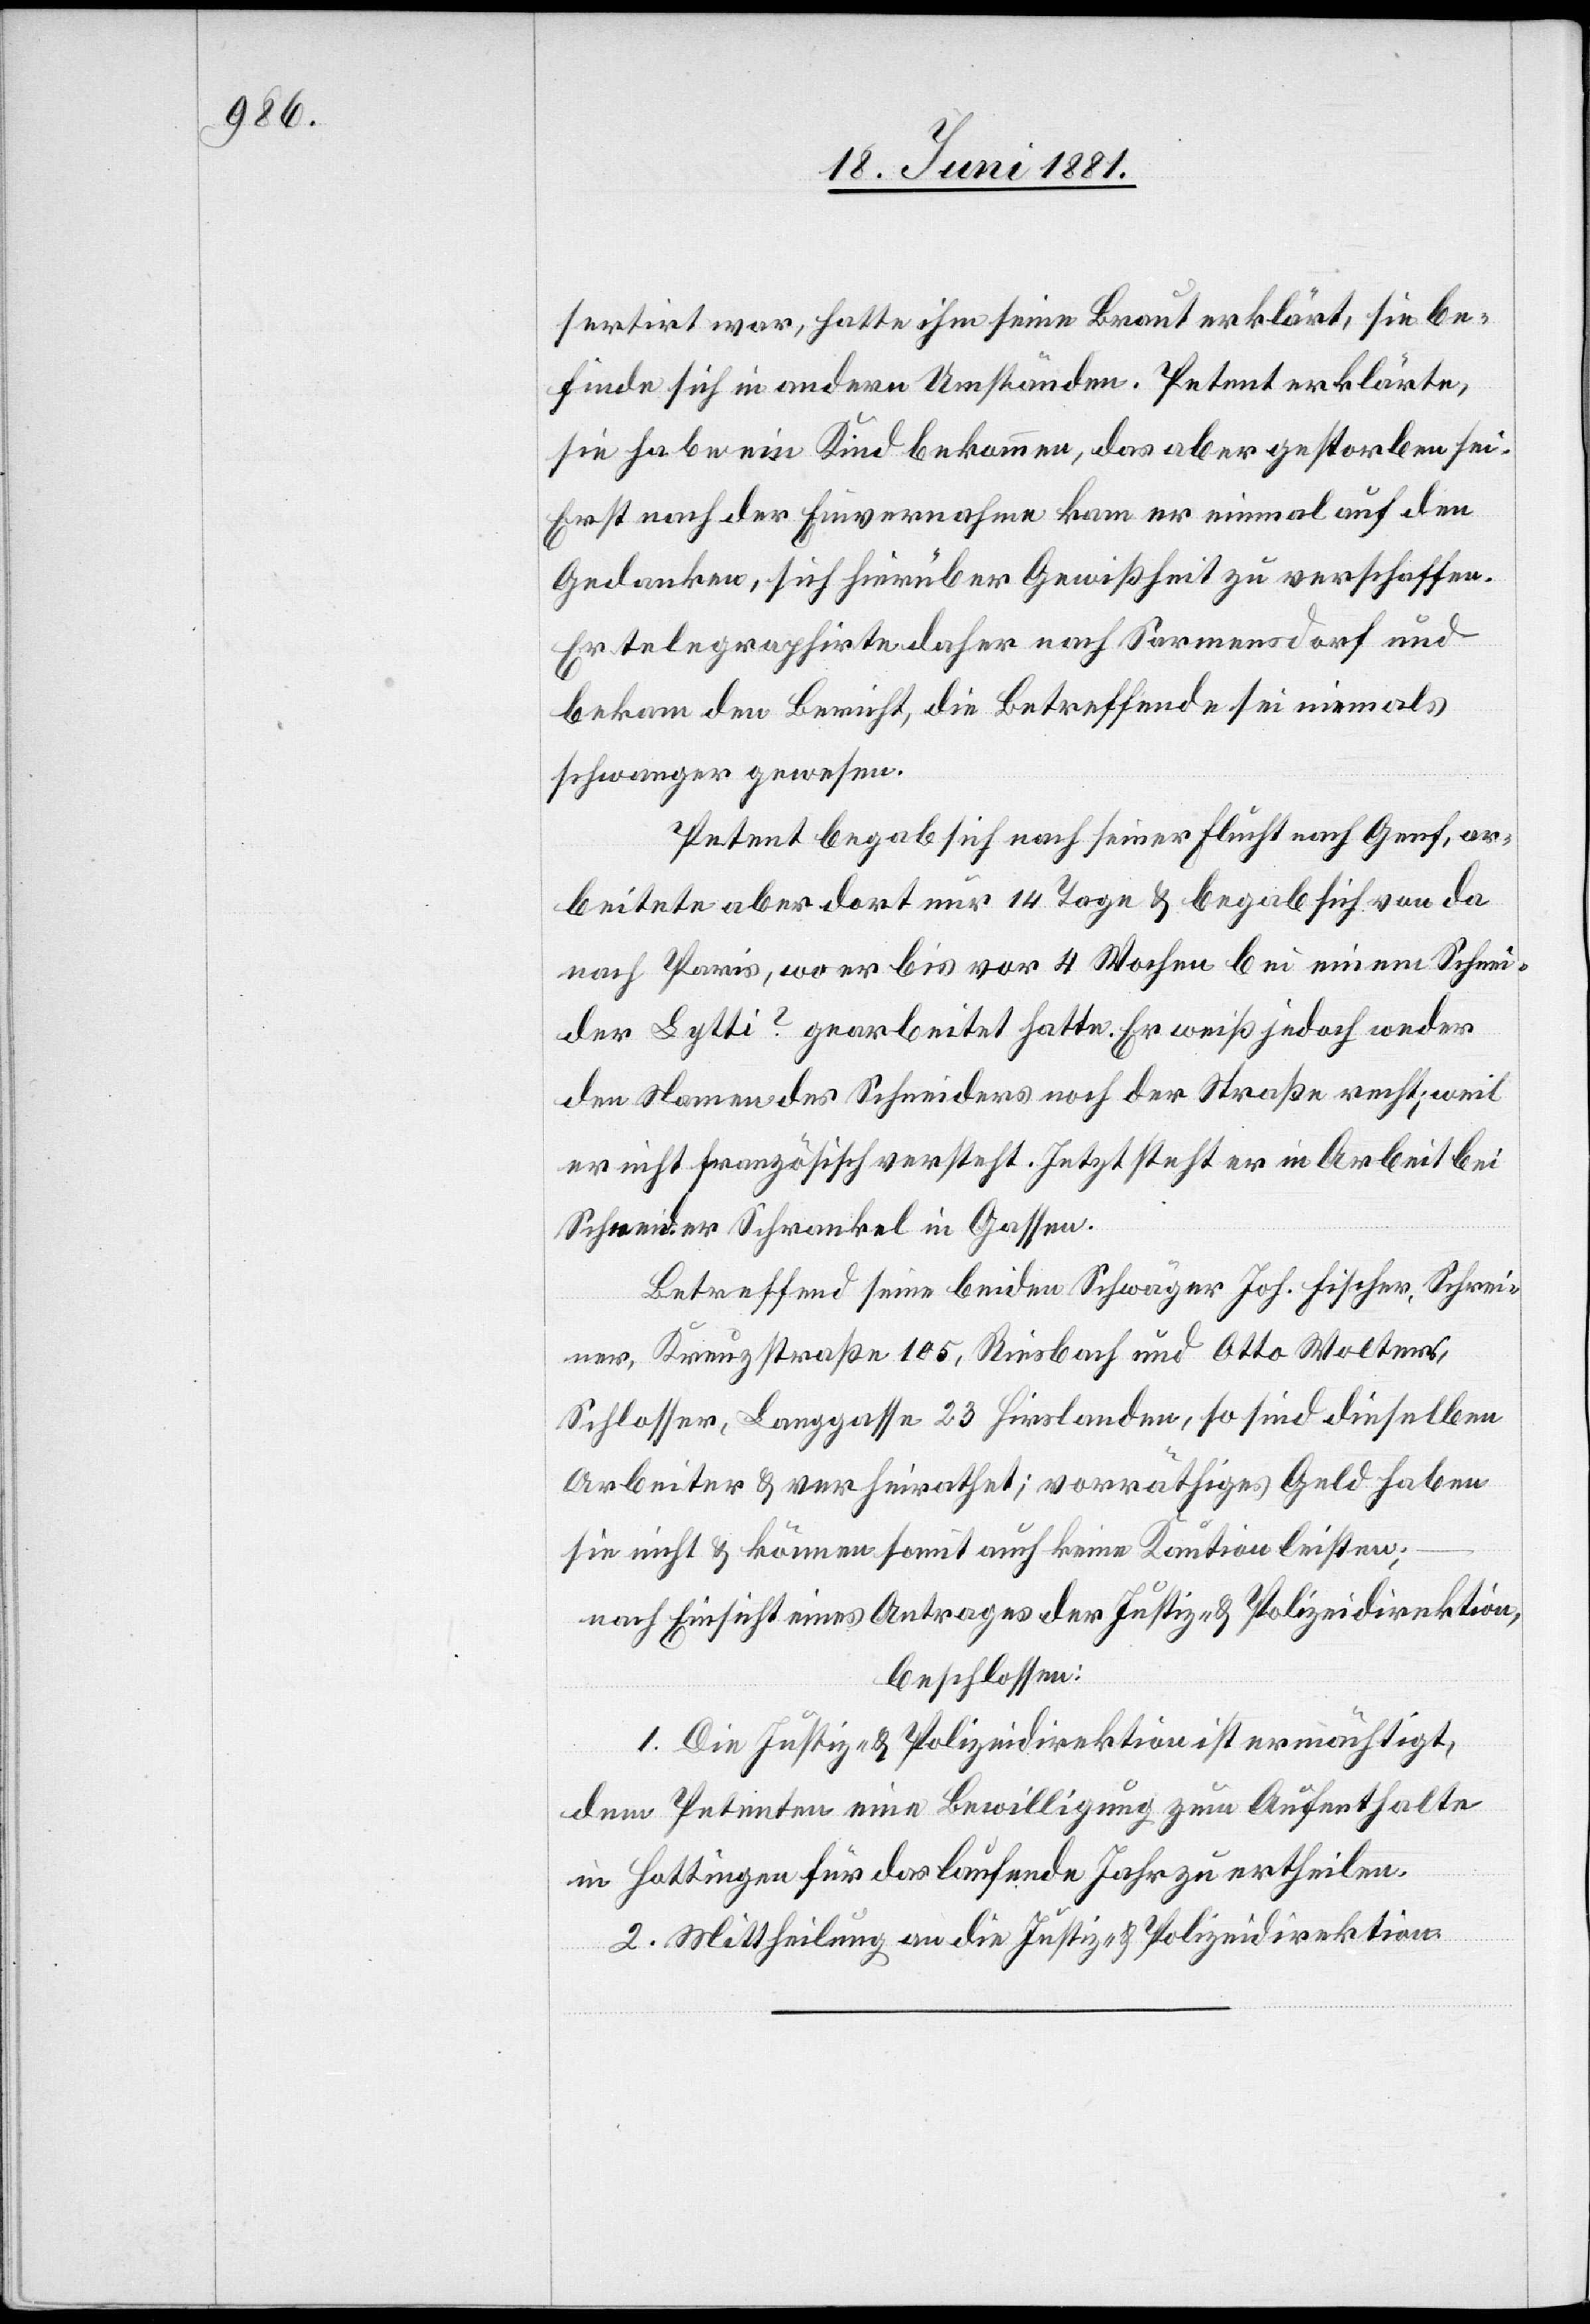
sertirt war, hatte ihm seine Braut erklärt, sie be¬
finde sich in anderen Umständen. Petent erklärte,
sie habe ein Kind bekommen, das aber gestorben sei.
Erst nach der Einvernahme kam er einmal auf den
Gedanken, sich hierüber Gewißheit zu verschaffen.
Er telegraphirte daher nach Sarmensdorf und
bekam den Bericht, die Betreffende sei niemals
schwanger gewesen.
Petent begab sich nach seiner Flucht nach Genf, ar¬
beitete aber dort nur 14 Tage & begab sich von da
nach Paris, wo wer bis vor 4 Wochen bei einem Schnei¬
der Lytti? gearbeitet hatte. Er weiß jedoch weder
den Namen des Schneiders noch der Straße recht; weil
er nicht Französisch versteht. Jetzt steht er in Arbeit bei
Scheider Schrankel in Gassen.
Betreffend seine beiden Schwäger Joh. Fischer, Schrei¬
ner, Kreuzstraße 105, Riesbach und Otto Wolters,
Schlosser, Langgasse 23 Hirslanden, so sind dieselben
Arbeiter & verheiratet; vorräthiges Geld haben
sie nicht& können somit auch keine Kaution leisten;
nach Einsicht eines Antrages der Justiz- & Polizeidirektion,
beschlossen:
1. Die Justiz- & Polizeidirektion ist ermächtigt,
dem Petenten eine Bewilligung zum Aufenthalte
in Hottingen für das laufende Jahr zu ertheilen.
2. Mittheilung an die Justiz- & Polizeidirektion.